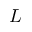
L _ { \sun }